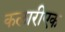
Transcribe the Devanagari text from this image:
कलारीएक